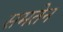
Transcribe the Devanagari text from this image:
समतेन